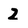
Character: 2